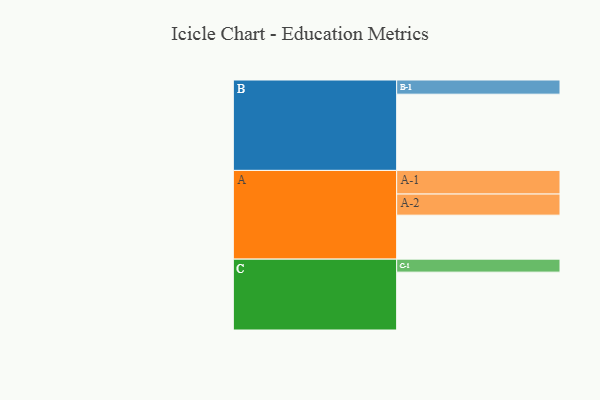
{"axis": {"x": "Segment", "y": "Value"}, "legend": ["", "A", "B", "C"], "data": [{"x": "A", "y": 335, "type": ""}, {"x": "B", "y": 581, "type": ""}, {"x": "C", "y": 441, "type": ""}, {"x": "A-1", "y": 180, "type": "A"}, {"x": "A-2", "y": 161, "type": "A"}, {"x": "B-1", "y": 108, "type": "B"}, {"x": "C-1", "y": 99, "type": "C"}]}